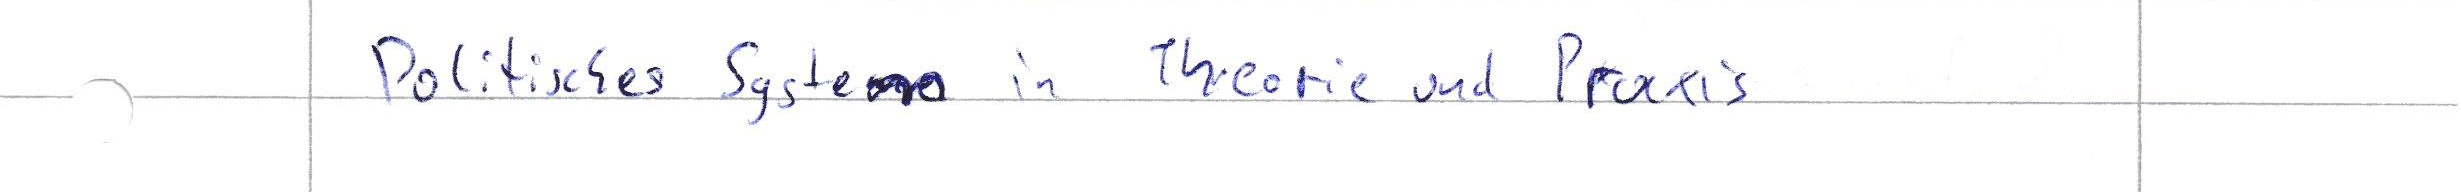
Politisches System in Theorie und Praxis